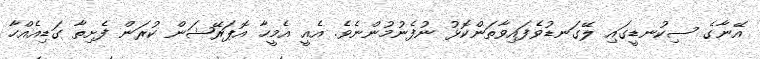
އޭނާގެ ސިކުނޑީގައި ލޭގަނޑުވެފައިވާތަންކޮޅު ނުފެނުމުންނެވެ. އެއީ އެމީހާ އޮޕަރޭޝަން ކުރަން ފެށިތާ ގަޑިއެއްހާ